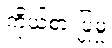
ကိုယ်စားပြုမှု